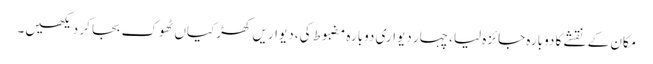
مکان کے نقشے کا دوبارہ جائزہ لیا، چہار دیواری دوبارہ مضبوط کی، دیواریں کھڑکیاں ٹھوک بجا کر دیکھیں۔